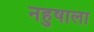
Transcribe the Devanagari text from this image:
नहुषाला